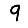
Digit: 9